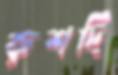
রুশদি